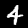
Digit: 4